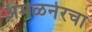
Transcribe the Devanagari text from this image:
अमळनेरचा